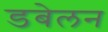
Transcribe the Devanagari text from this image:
डबेलन